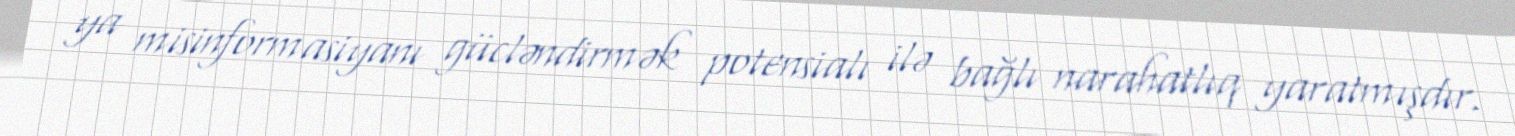
ya misinformasiyanı gücləndirmək potensialı ilə bağlı narahatlıq yaratmışdır.